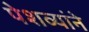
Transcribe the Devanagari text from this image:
पेशव्यांने